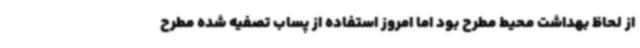
از لحاظ بهداشت محیط مطرح بود اما امروز استفاده از پساب تصفیه شده مطرح